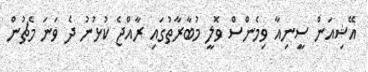
އޭޝިއަން ސީނިއާ ވިމެންސް ވޮލީ މުބާރާތުގައި ރާއްޖެ ކުޅުނު ދެ ވަނަ މެޗުން